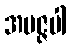
အမဇ္ဇပါ